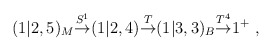
\begin{align*}(1|2,5)_M{\buildrel S^1\over\rightarrow} (1|2,4) {\buildrel T\over\rightarrow}(1|3,3)_B{\buildrel T^4\over\rightarrow} 1^+ \ ,\end{align*}